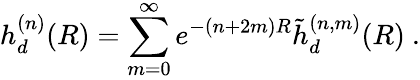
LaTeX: h_{d}^{(n)}(R)=\sum_{m=0}^{\infty}e^{-(n+2m)R}\tilde{h}_{d}^{(n,m)}(R)\ .